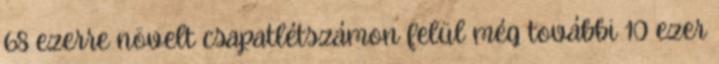
68 ezerre növelt csapatlétszámon felül még további 10 ezer